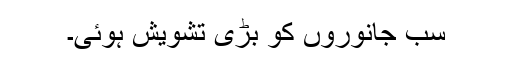
سب جانوروں کو بڑی تشویش ہوئی۔